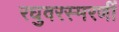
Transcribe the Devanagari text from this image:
रघुवरस्मरणीं